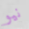
نيو